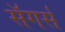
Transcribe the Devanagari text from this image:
सॅगर्स